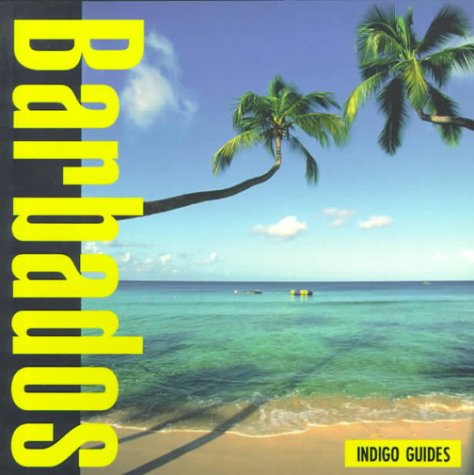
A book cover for Barbados (Indigo Guide to Barbados); Indigo Guides; Travel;